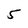
Character: 5